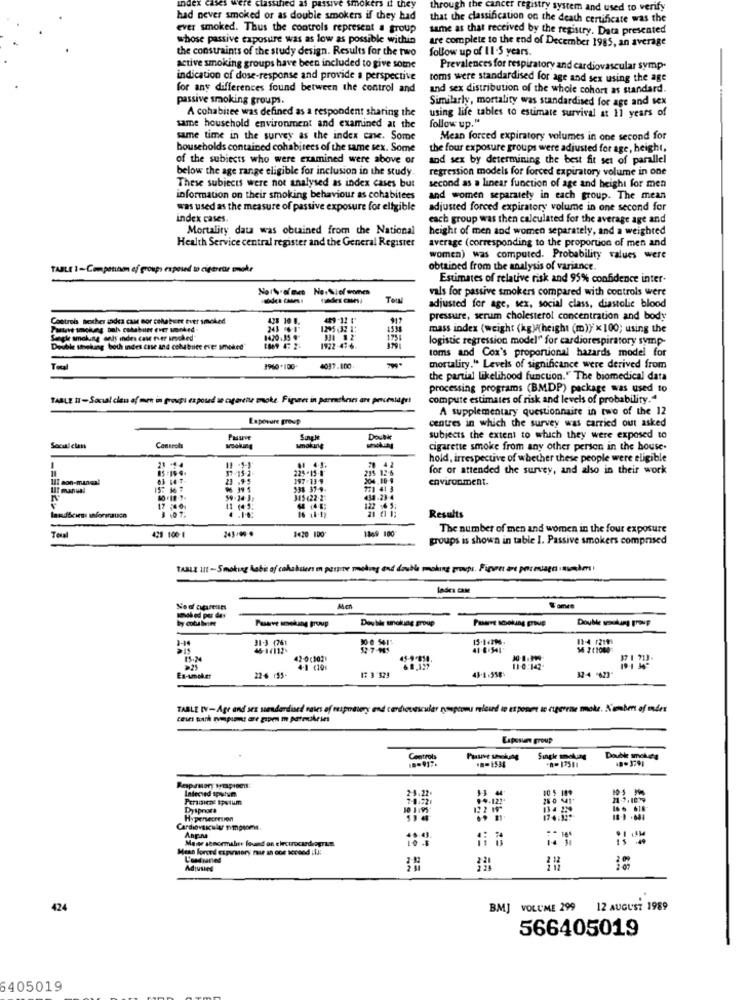
1 they
through the cancer registry system and used to verify
had never smoked or as double smokers if they had
that the classification on the death certificate was the
ever smoked. Thus the controls represent a group
same as that received by the registry. Data presented
whose passive exposure was as low as possible within
the constraints of the study design. Results for the two
are complete to the end of December 1985, an average
follow up of 11-5 years.
active smoking groups have been included to give some
Prevalences for respiratory and cardiovascular symp-
indication of dose-response and provide a perspective
toms were standardised for age and sex using the age
for any differences found between the control and
and sex distribution of the whole cohort as standard.
passive smoking groups.
Similarly, mortality was standardised for age and sex
using life tables to estimate survival at 11 years of
A cohabitee was defined as a respondent sharing the
follow up."
same household environment and examined at the
same time in the survey as the index case. Some
Mean forced expiratory volumes in one second for
households contained cohabitees of the same sex. Some
the four exposure groups were adjusted for age, height,
of the subjects who were examined were above or
and sex by determining the best fit set of parallel
below the age range eligible for inclusion in the study
regression models for forced expiratory volume in one
second as a linear function of age and height for men
These subiects were not analysed as index cases but
information on their smoking behaviour as cohabitees
and women separately in each group. The mean
was used as the measure of passive exposure for eligible
adjusted forced expiratory volume in one second for
index cases.
each group was then calculated for the average age and
Mortality data was obtained from the National
height of men and women separately, and a weighted
Health Service central register and the General Register
average (corresponding to the proportion of men and
women) was computed. Probability values were
TABLE 1-Componnon ef groups exposed to cigerrar onoke
obtained from the analysis of variance.
Estimates of relative risk and 95% confidence inter-
vals for passive smokers compared with controls were
trades cases
Total
adjusted for age, sex, social class, diastolic blood
Controls hexhes sadea cam mor cohabire tutt smoked
*17
pressure, serum cholesterol concentration and body
Partie smokung bal cababuet ever unoked-
mass index (weight (kg)height (m)); ×100; using the
Sangle smokung enty index cas rier smoked"
1420.35 #
1922-47-4
1751
logistic regression model" for cardiorespiratory symp-
Double theking both indes case and cohabniee over smoked
toms and Cox's proportional hazards model for
Total
#960 *100*
4037.100.
mortality." Levels of significance were derived from
the partial likelihood function." The biomedical data
processing programs (BMDP) package was used to
TABLE IT - Social clen of men in groups exposed un cugerente poke. Figueet in perracheses are percentage!
compute estimates of risk and levels of probability."
A supplementary questionnaire in two of the 12
Exposure group
centres in which the survey was carried out asked
Single
Double
subjects the extent to which they were exposed to
Social class
Controls
cigarette smoke from any other person in the house.
21 -44
20 42
hold, irrespective of whether these people were eligible
-
05 :19-9.
225-15 -8
215 12-6
for or attended the survey, and also in their work
Il: son-mangal
63 14-74
197-13-9
204.00-4
environment.
IIf manual
338 37-4-
773 41 3
315 (22-23
431-23-4
17 4 01
42 (4-5
-
16 11-1)
Results
1869 100
The number of men and women in the four exposure
428 100 1
1420 100
groups is shown in table I. Passive smokers comprised
TABLE Ilt-Smoking Aabit of cohabiters mn passive smoking and double moking groups, Figures are porouaga .mahm!
Men
Pasarve amekang troup
Pasarre Booking group
Double soukuang group
31-3 1761
45-1(112.
41.6.544
56 2 (1000
42-0 (302)
5-9-850
4-1 (10:
17 3 323
68.127
45-8 -558
110:142-
22 6 :55.
32-4 "62]"
TABLE (Y-Age and sex senderdused rates of respottery and cardiovascular nonptomus relourd 10 et poner to nigerrne make. Number of Index
ceses tork wymgames are gapen in patrickeses
Exposure group
.- 1534
Single making
Double smoking
Interved sputum.
3.3
10 5 10*
19.122
21-3.1079
Dyspnora
122 H
Hyponecerton
Anp.na
Mais stnormalav found on electrocardiogram
14 %
Mese forced expusory nie an con second il !!
Adjusted
424
BMJ VOLUME 299
12 AUGUST 1989
566405019
6405019